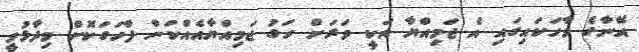
އޭނާގެ ވާހަކައިގައި އެ ޖަމިއްޔާ އަކީ ވަރަށް ހަގު ޖަމިއްޔާއެއްކަން ފާހަގަކޮށް ވިދާޅުވީ